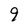
Character: 9